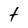
Character: t